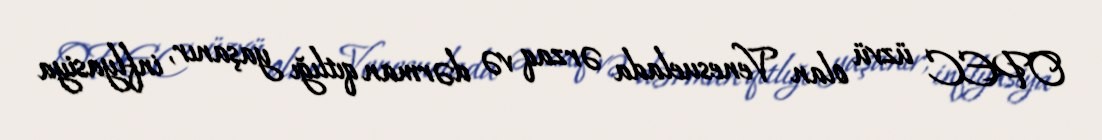
OPEC üzvü olan Venesuelada ərzaq və dərman qıtlığı yaşanır, inflyasiya